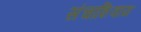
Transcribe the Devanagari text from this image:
संचाशिवाय